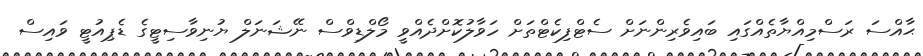
ޙާއްސަ ރަސްމިއްޔާތެއްގައި ބައިވެރިންނަށް ސެޓްފިކެޓްތަށް ހަވާލުކޮށްދެއްވީ މޯލްޑިވްސް ނޭޝަނަލް ޔުނިވާސިޓީގެ ޑެޕިއުޓީ ވައިސް